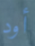
أود